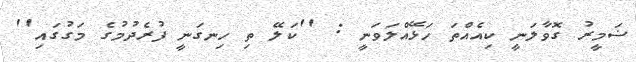
ޟަމީރު ގޮވާލަނީ ކިއެއްތަ ހަޅޭއްލަވަނީ : ''ކަލޭ ތި ހިނގަނީ ފުރެދުމުގެ މަގުގައި''